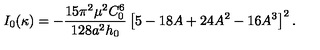
I _ { 0 } ( \kappa ) = - \frac { 1 5 \pi ^ { 2 } \mu ^ { 2 } C _ { 0 } ^ { 6 } } { 1 2 8 a ^ { 2 } h _ { 0 } } \left[ 5 - 1 8 A + 2 4 A ^ { 2 } - 1 6 A ^ { 3 } \right] ^ { 2 } .